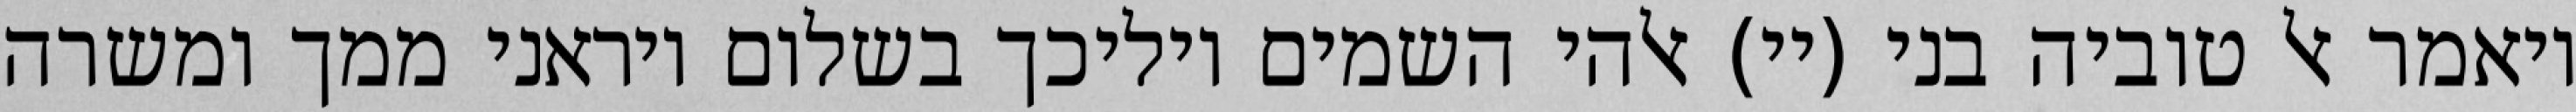
ויאמר אל טוביה בני (יי) אלהי השמים יוליכך בשלום ויראני ממך ומשרה